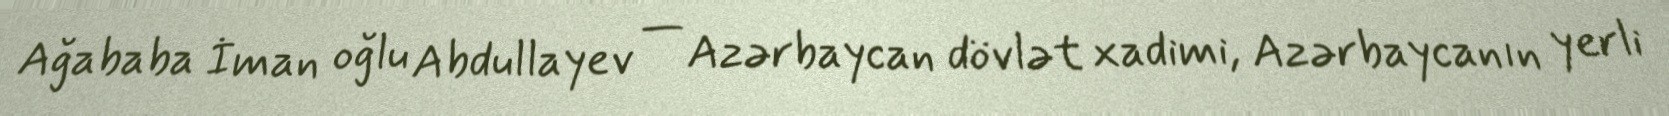
Ağababa İman oğlu Abdullayev — Azərbaycan dövlət xadimi, Azərbaycanın yerli